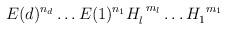
LaTeX: \begin{align*}E(d)^{n_d}\dots E(1)^{n_1}H_l^{\ m_l}\dots H_1^{\ m_1}\, \end{align*}